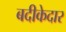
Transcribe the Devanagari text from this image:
बदीकेदार